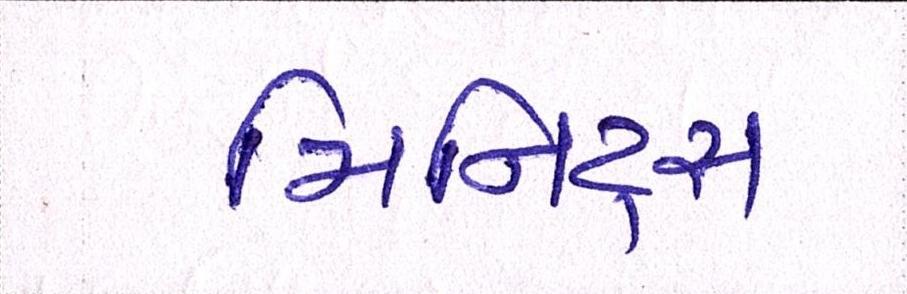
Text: મિનિટ્સ